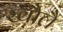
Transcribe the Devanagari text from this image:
खौलै